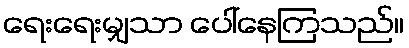
ရေးရေးမျှသာ ပေါ်နေကြသည်။